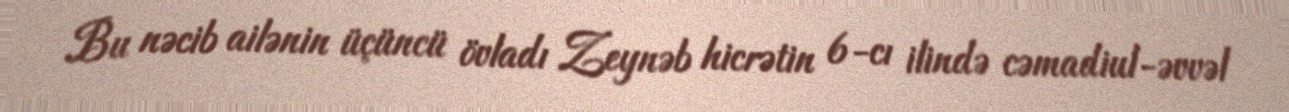
Bu nəcib ailənin üçüncü övladı Zeynəb hicrətin 6-cı ilində cəmadiul-əvvəl